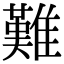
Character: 難